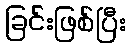
ခြင်းဖြစ်ပြီး